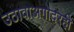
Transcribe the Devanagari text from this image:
उठावाअगोदरही